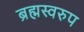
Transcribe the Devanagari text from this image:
ब्रह्मस्वरुप